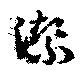
潔